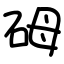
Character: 砪